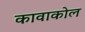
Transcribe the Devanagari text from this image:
कावाकोल